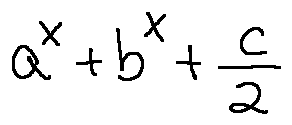
a ^ { x } + b ^ { x } + \frac { c } { 2 }